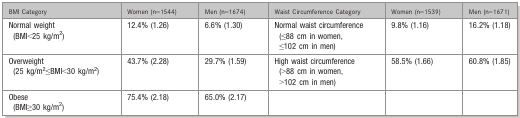
<table><thead><tr><td><b>BMI Category</b></td><td><b>Women (n=1544)</b></td><td><b>Men (n=1674)</b></td><td><b>Waist Circumference Category</b></td><td><b>Women (n=1539)</b></td><td><b>Men (n=1671)</b></td></tr></thead><tbody><tr><td>Normal weight (BMI&lt;25 kg/m<sup>2</sup>)</td><td>12.4% (1.26)</td><td>6.6% (1.30)</td><td>Normal waist circumference (≤88 cm in women, ≤102 cm in men)</td><td>9.8% (1.16)</td><td>16.2% (1.18)</td></tr><tr><td>Overweight (25 kg/m<sup>2</sup>≤BMI&lt;30 kg/m<sup>2</sup>)</td><td>43.7% (2.28)</td><td>29.7% (1.59)</td><td>High waist circumference (&gt;88 cm in women, &gt;102 cm in men)</td><td>58.5% (1.66)</td><td>60.8% (1.85)</td></tr><tr><td>Obese (BMI≥30 kg/m<sup>2</sup>)</td><td>75.4% (2.18)</td><td>65.0% (2.17)</td><td></td><td></td><td></td></tr></tbody></table>